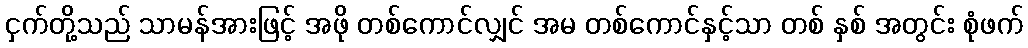
ငှက်တို့သည် သာမန်အားဖြင့် အဖို တစ်ကောင်လျှင် အမ တစ်ကောင်နှင့်သာ တစ် နှစ် အတွင်း စုံဖက်